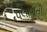
પલાળતી